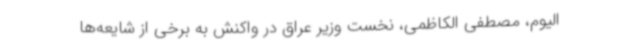
الیوم، مصطفی الکاظمی، نخست وزیر عراق در واکنش به برخی از شایعه‌ها